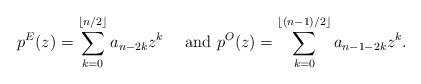
LaTeX: \begin{align*}p^{E}(z)=\sum_{k=0}^{\lfloor n/2\rfloor}a_{n-2k}z^{k}\quad\mbox{ and }p^{O}(z)=\sum_{k=0}^{\lfloor(n-1)/2\rfloor}a_{n-1-2k}z^{k}.\end{align*}